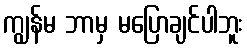
ကျွန်မ ဘာမှ မပြောချင်ပါဘူး